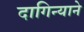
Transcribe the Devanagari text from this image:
दागिन्याने